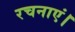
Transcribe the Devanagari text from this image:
रचनाएं।